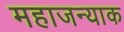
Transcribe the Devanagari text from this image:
महाजन्याक